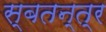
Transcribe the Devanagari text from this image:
स्बतन्त्र